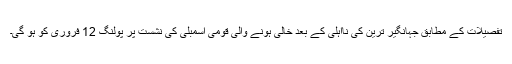
تفصیلات کے مطابق جہانگیر ترین کی نااہلی کے بعد خالی ہونے والی قومی اسمبلی کی نشست پر پولنگ 12 فروری کو ہو گی۔